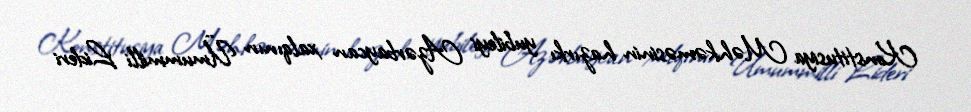
Konstitusiya Məhkəməsinin hazırkı yubileyi Azərbaycan xalqının Ümummilli Lideri